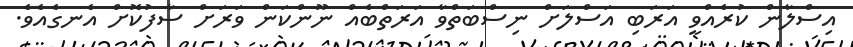
އިސްލާން ކުރެއްވީ އަރަބި އަސްލަށް ނިސްބަތްވާ އަރަތްބެއް ނޫންކަން ވަރަށް ސާފުކޮށް އެނގެއެވެ.